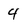
Character: 4